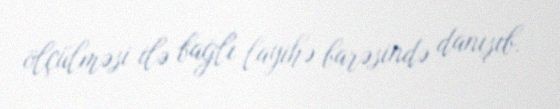
ölçülməsi ilə bağlı layihə barəsində danışıb.